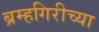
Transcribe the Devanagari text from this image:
ब्रम्हगिरीच्या